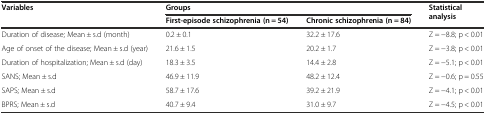
<table><thead><tr><td><b>Variables</b></td><td colspan="2"><b>Groups</b></td><td rowspan="2"><b>Statistical analysis</b></td></tr><tr><td></td><td><b>First-episode schizophrenia (n = 54)</b></td><td><b>Chronic schizophrenia (n = 84)</b></td></tr></thead><tbody><tr><td>Duration of disease; Mean ± s.d (month)</td><td>0.2 ± 0.1</td><td>32.2 ± 17.6</td><td>Z = −8.8; p &lt; 0.01</td></tr><tr><td>Age of onset of the disease; Mean ± s.d (year)</td><td>21.6 ± 1.5</td><td>20.2 ± 1.7</td><td>Z = −3.8; p &lt; 0.01</td></tr><tr><td>Duration of hospitalization; Mean ± s.d (day)</td><td>18.3 ± 3.5</td><td>14.4 ± 2.8</td><td>Z = −5.1; p &lt; 0.01</td></tr><tr><td>SANS; Mean ± s.d</td><td>46.9 ± 11.9</td><td>48.2 ± 12.4</td><td>Z = −0.6; p = 0.55</td></tr><tr><td>SAPS; Mean ± s.d</td><td>58.7 ± 17.6</td><td>39.2 ± 21.9</td><td>Z = −4.1; p &lt; 0.01</td></tr><tr><td>BPRS; Mean ± s.d</td><td>40.7 ± 9.4</td><td>31.0 ± 9.7</td><td>Z = −4.5; p &lt; 0.01</td></tr></tbody></table>